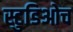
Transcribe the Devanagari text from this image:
स्टुडिओच